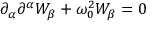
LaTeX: \partial _ { \alpha } \partial ^ { \alpha } W _ { \beta } + \omega _ { 0 } ^ { 2 } W _ { \beta } = 0